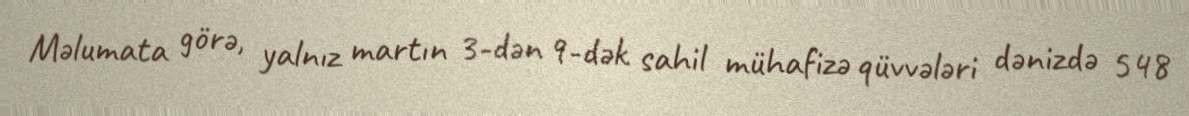
Məlumata görə, yalnız martın 3-dən 9-dək sahil mühafizə qüvvələri dənizdə 548